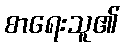
စာရေးသူ၏